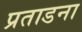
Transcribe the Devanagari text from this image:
प्रताडना